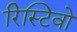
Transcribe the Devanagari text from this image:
रिस्टिवो